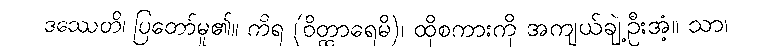
ဒဿေတိ၊ ပြတော်မူ၏။ ကိရ (ဝိတ္ထာရေမိ)၊ ထိုစကားကို အကျယ်ချဲ့ဦးအံ့။ သာ၊